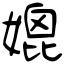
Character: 媲